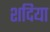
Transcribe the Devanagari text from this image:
शदिया